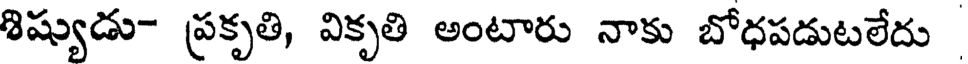
శిష్యుడు- ప్రకృతి, వికృతి అంటారు నాకు బోధపడుటలేదు